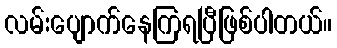
လမ်းပျောက်နေကြရပြီဖြစ်ပါတယ်။